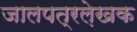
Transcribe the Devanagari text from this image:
जालपत्रले़खक